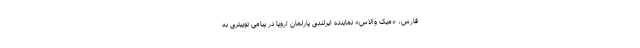
فارس، «میک والاس» نماینده ایرلندی پارلمان اروپا در پیامی توییتری به